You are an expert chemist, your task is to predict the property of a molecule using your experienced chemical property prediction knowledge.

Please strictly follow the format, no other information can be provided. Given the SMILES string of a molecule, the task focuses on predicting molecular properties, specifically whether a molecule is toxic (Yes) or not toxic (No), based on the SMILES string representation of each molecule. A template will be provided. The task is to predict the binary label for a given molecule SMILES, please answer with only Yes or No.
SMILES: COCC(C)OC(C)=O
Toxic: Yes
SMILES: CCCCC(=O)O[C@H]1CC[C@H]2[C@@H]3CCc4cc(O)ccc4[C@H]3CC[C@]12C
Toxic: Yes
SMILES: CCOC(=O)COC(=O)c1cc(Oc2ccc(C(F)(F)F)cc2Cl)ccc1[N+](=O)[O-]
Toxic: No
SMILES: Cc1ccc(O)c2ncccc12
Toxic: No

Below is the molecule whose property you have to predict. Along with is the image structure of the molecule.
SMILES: CCCCCCC(O)CCOC(C)=O
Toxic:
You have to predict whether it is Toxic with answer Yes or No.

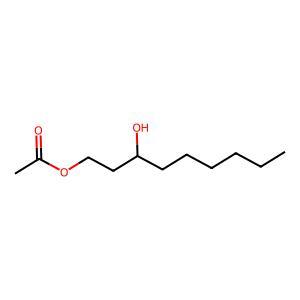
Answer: No